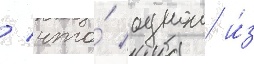
/ что́ однои и́з